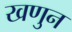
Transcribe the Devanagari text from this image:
खणुन